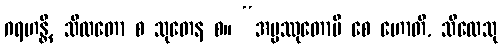
ဂရဟန္တိ, သီလတော စ သုတေန စ။ “အပ္ပဿုတောပိ စေ ဟောတိ, သီလေသု